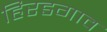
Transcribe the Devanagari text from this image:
हिरडगाव